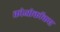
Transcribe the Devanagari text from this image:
क्रोओकॉकस